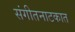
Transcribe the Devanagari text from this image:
संगीतनाटकात